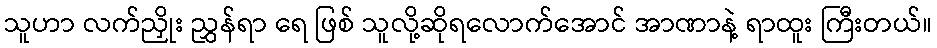
သူဟာ လက်ညှိုး ညွှန်ရာ ရေ ဖြစ် သူလို့ဆိုရလောက်အောင် အာဏာနဲ့ ရာထူး ကြီးတယ်။